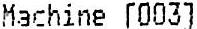
MACHINE [003]